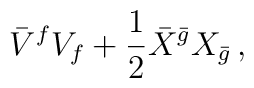
\bar V^f V_f +\frac 12 \bar X^{\bar g} X_{\bar g}\,,